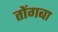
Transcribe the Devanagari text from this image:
तोंगबा